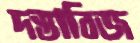
দস্তাবিজ